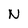
Character: N